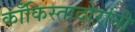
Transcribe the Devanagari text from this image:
काँकिस्तादोरांनी